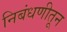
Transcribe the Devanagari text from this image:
निबंधणीतून